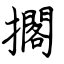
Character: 擱